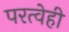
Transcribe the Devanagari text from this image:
परत्वेही